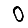
Digit: 0